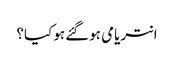
انتریامی ہوگئے ہو کیا؟